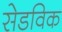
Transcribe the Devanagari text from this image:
सेडविक